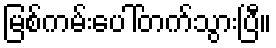
မြစ်ကမ်းပေါ်တက်သွားပြီ။